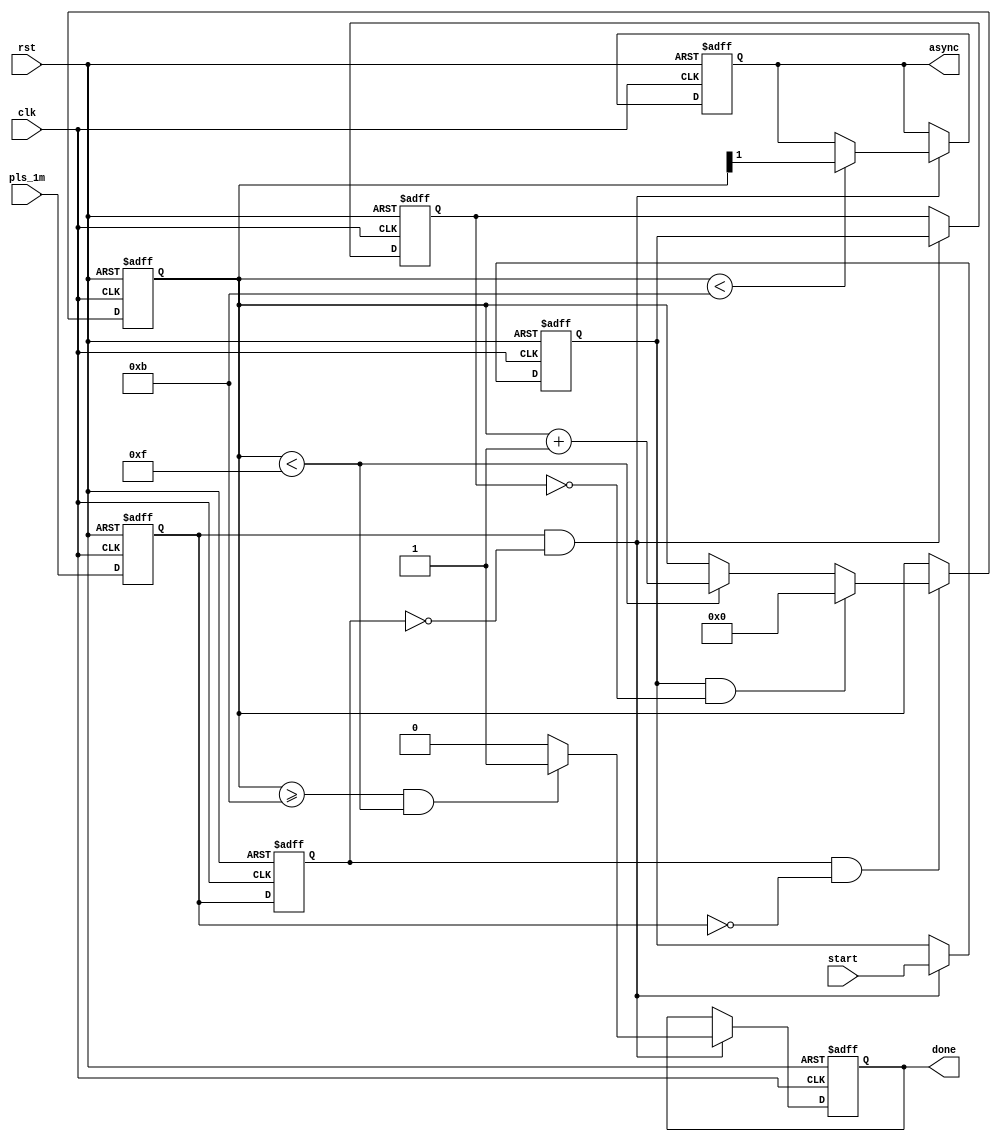
module mch_enc_sync_gen(
    input   rst,
    input   clk,
    input   pls_1m,
    input   start,
    output  reg async,
    output  reg done
    );

reg pl0,pl1;    // for 1MHz Pulse Edge Detect
reg st0,st1;    // for 1MHz Pulse Edge Detect

reg [3:0] cnt;

always@(negedge rst, posedge clk)
begin
    if (rst == 0)
        begin
            async <= 1;  done <= 0;
        end   
    else if (pl0 & ~pl1)
        begin
            if (cnt < 11)
                async <= cnt[1];
            if ((cnt >= 11) & (cnt < 15))
                done <= 1;
            else
                done <= 0;
        end            
end
    
always@(negedge rst, posedge clk)
begin
    if (rst == 0)
        cnt <= 15;   
    else if (pl1 & ~pl0)
    //pluse 1MHZ falling 
    // counter clear falling , 
        if (st0 & ~st1)
            cnt <= 0;
        else if (cnt < 15)
            cnt <= cnt + 1; 
end
    
always@(negedge rst, posedge clk)
begin
    if (rst == 0)
        begin
            pl0 <= 0;   pl1 <= 0;   st0 <= 0;    st1 <= 0;
        end
    else
        begin
            pl0 <= pls_1m;  pl1 <= pl0;
            if (pl0 & ~pl1)
                begin
                    st0 <= start;   st1 <= st0;
                end
        end
end
    
endmodule